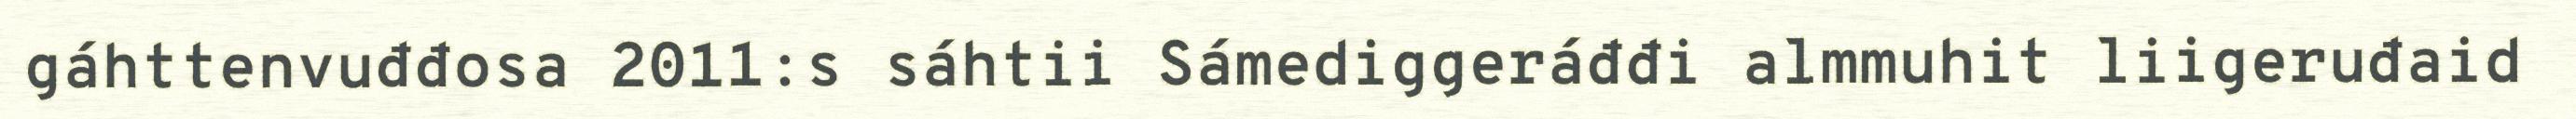
gáhttenvuđđosa 2011:s sáhtii Sámediggeráđđi almmuhit liigeruđaid